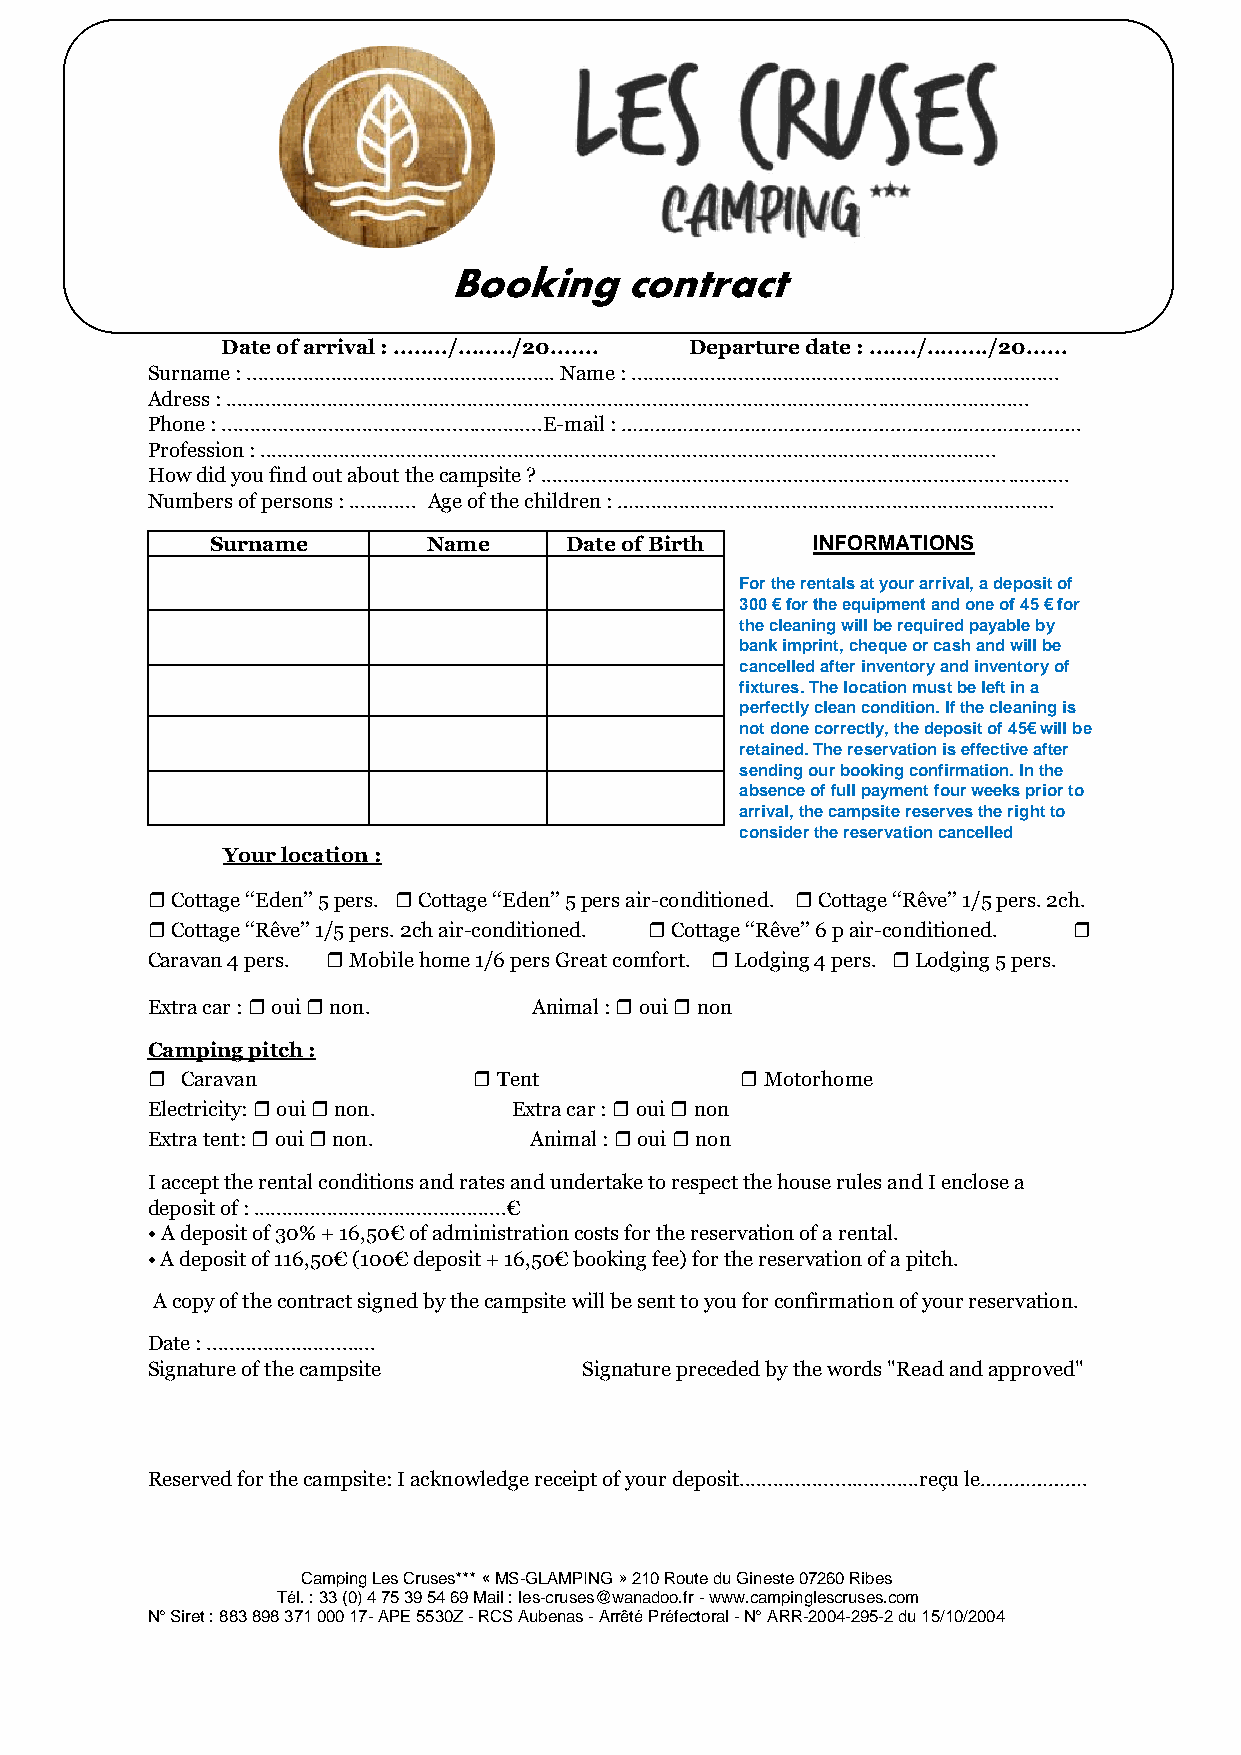
Booking    contract
 Date of arrival : ......../......../20....... Departure date : ......./........./20......
 Surname : ....................................................... Name : ............................................................................
 Adress : ...............................................................................................................................................
 Phone : .........................................................E-mail : ……………………………………………………………………….
 Profession : ...................................................................................................................................
 How did you find out about the campsite ? ..............................................................................................
 Numbers of persons : ............ Age of the children : …...........................................................................
 Surname       Name     Date of Birth    INFORMATIONS
 For the rentals at your arrival, a deposit of
 300 € for the equipment and one of 45 € for
 the cleaning will be required payable by
 bank imprint, cheque or cash and will be
 cancelled after inventory and inventory of
 fixtures. The location must be left in a
 perfectly clean condition. If the cleaning is
 not done correctly, the deposit of 45€ will be
 retained. The reservation is effective after
 sending our booking confirmation. In the
 absence of full payment four weeks prior to
 arrival, the campsite reserves the right to
 consider the reservation cancelled
 Your location :
 ❒ Cottage ‘‘Eden’’ 5 pers. ❒ Cottage ‘‘Eden’’ 5 pers air-conditioned. ❒ Cottage ‘‘Rêve’’ 1/5 pers. 2ch.
 ❒ Cottage ‘‘Rêve’’ 1/5 pers. 2ch air-conditioned. ❒ Cottage ‘‘Rêve’’ 6 p air-conditioned. ❒
 Caravan 4 pers. ❒ Mobile home 1/6 pers Great comfort. ❒ Lodging 4 pers. ❒ Lodging 5 pers.
 Extra car : ❒ oui ❒ non. Animal : ❒ oui ❒ non
 Camping pitch :
 ❒ Caravan            ❒ Tent            ❒ Motorhome
 Electricity: ❒ oui ❒ non. Extra car : ❒ oui ❒ non
 Extra tent: ❒ oui ❒ non. Animal : ❒ oui ❒ non
 I accept the rental conditions and rates and undertake to respect the house rules and I enclose a
 deposit of : .............................................€
 • A deposit of 30% + 16,50€ of administration costs for the reservation of a rental.
 • A deposit of 116,50€ (100€ deposit + 16,50€ booking fee) for the reservation of a pitch.
 A copy of the contract signed by the campsite will be sent to you for confirmation of your reservation.
 Date : ..............................
 Signature of the campsite    Signature preceded by the words "Read and approved"
 Reserved for the campsite: I acknowledge receipt of your deposit................................reçu le……………….
 Camping Les Cruses*** « MS-GLAMPING » 210 Route du Gineste 07260 Ribes
 Tél. : 33 (0) 4 75 39 54 69 Mail : les-cruses@wanadoo.fr - www.campinglescruses.com
 N° Siret : 883 898 371 000 17- APE 5530Z - RCS Aubenas - Arrêté Préfectoral - N° ARR-2004-295-2 du 15/10/2004